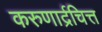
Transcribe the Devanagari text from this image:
करुणार्द्रचित्त